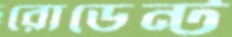
রোডেন্ট